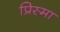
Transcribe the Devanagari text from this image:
प्रिस्मा